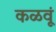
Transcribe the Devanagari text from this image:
कळवूं